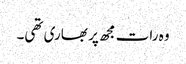
وہ رات مجھ پر بھاری تھی۔